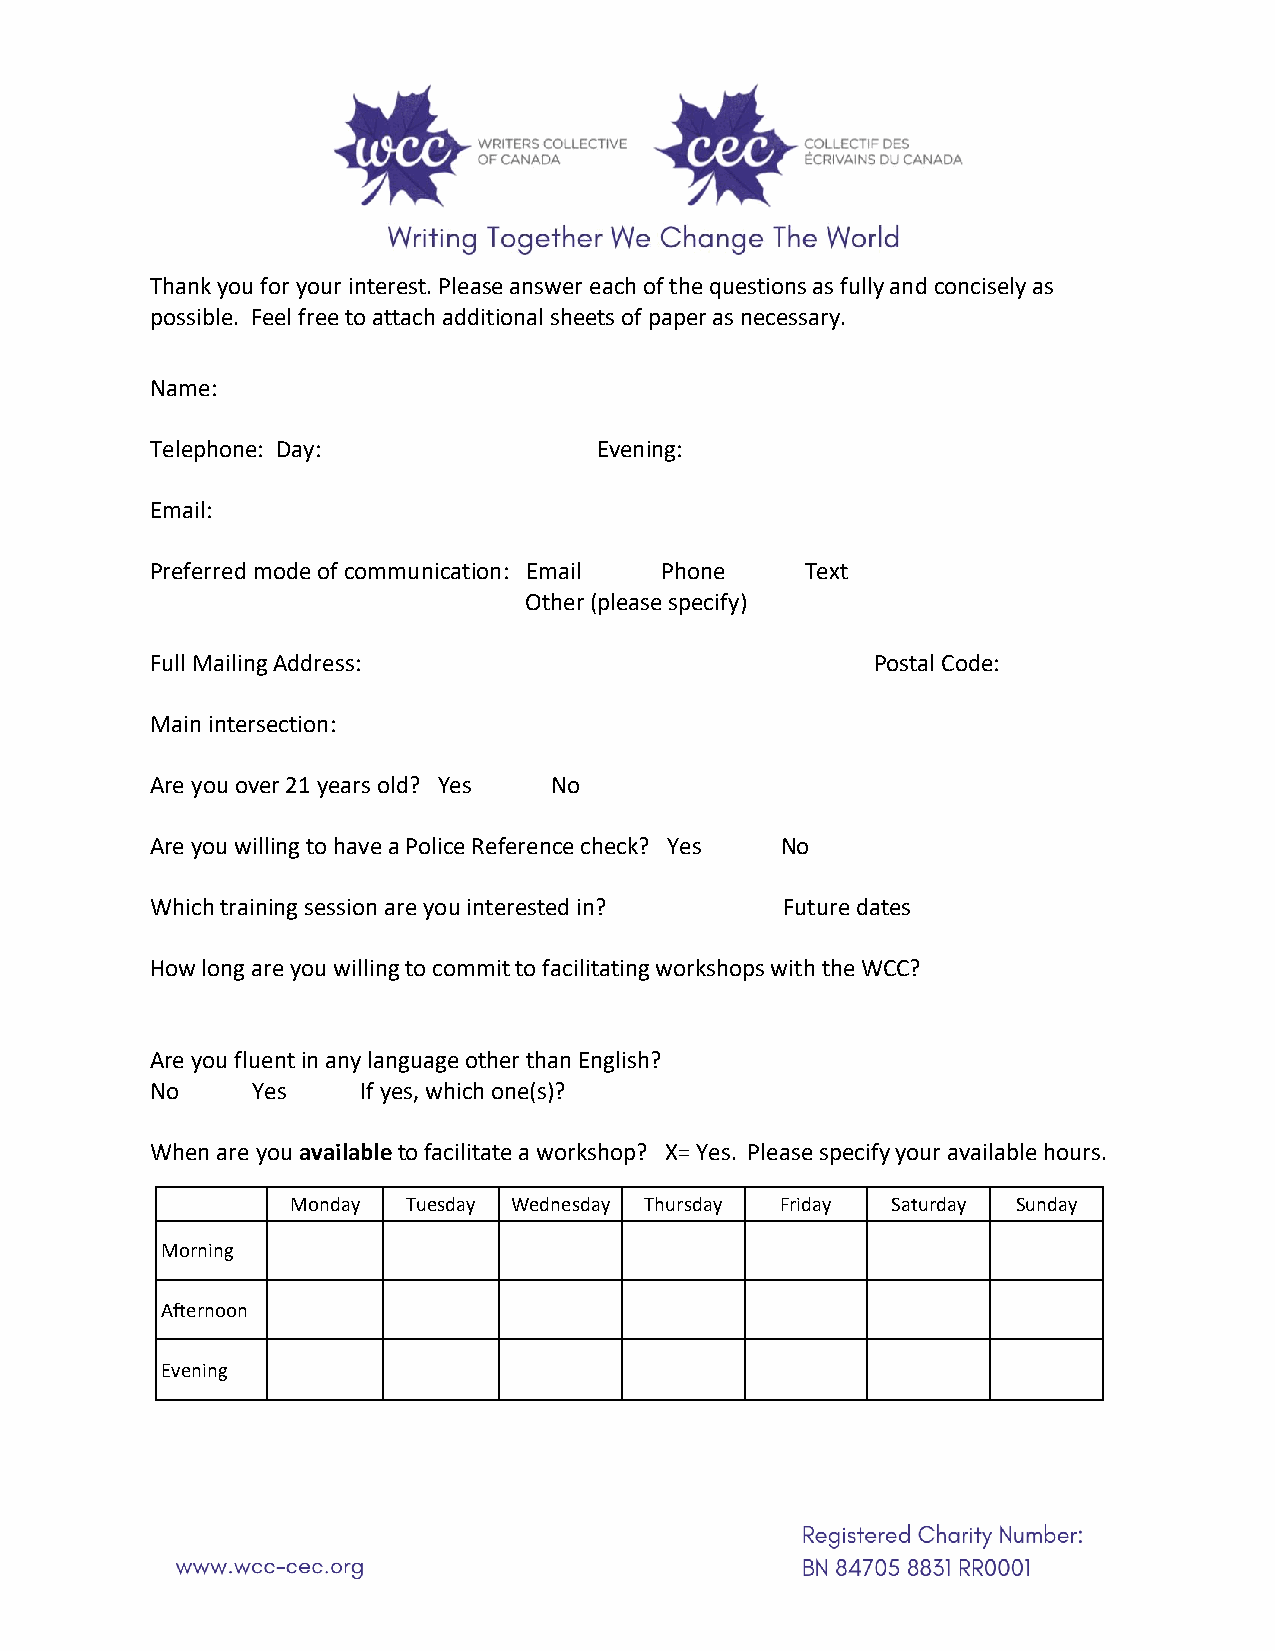
Thank you for your interest. Please answer each of the questions as fully and concisely as
 possible. Feel free to attach additional sheets of paper as necessary.
 Name:
 Telephone: Day:              Evening:
 Email:
 Preferred mode of communication: Email Phone Text
 Other (please specify)
 Full Mailing Address:                           Postal Code:
 Main intersection:
 Are you over 21 years old? Yes No
 Are you willing to have a Police Reference check? Yes No
 Which training session are you interested in? Future dates
 How long are you willing to commit to facilitating workshops with the WCC?
 Are you fluent in any language other than English?
 No     Yes    If yes, which one(s)?
 When are you available to facilitate a workshop? X= Yes. Please specify your available hours.
 Monday  Tuesday Wednesday Thursday Friday Saturday Sunday
 Morning
 Afternoon
 Evening